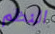
النظم